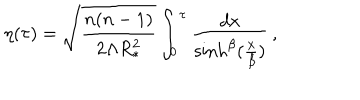
\eta ( \tau ) = \sqrt { \frac { n ( n - 1 ) } { 2 \Lambda R _ { * } ^ { 2 } } } \int _ { 0 } ^ { \tau } { \frac { d x } { \sinh ^ { \beta } ( { \frac { x } { \beta } } ) } } \, ,